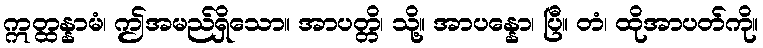
ဣတ္ထန္နာမံ၊ ဤအမည်ရှိသော။ အာပတ္တိ၊ သို့။ အာပန္နော၊ ပြီ။ တံ၊ ထိုအာပတ်ကို။